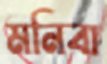
মনিবা